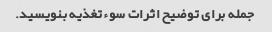
جمله برای توضیح اثرات سوء تغذیه بنویسید.